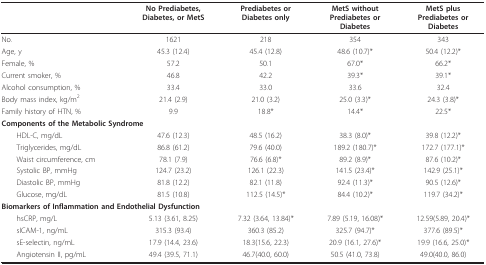
<table><thead><tr><td>[EMPTY_CELL]</td><td><b>No Prediabetes,Diabetes, or MetS</b></td><td><b>Prediabetes orDiabetes only</b></td><td><b>MetS withoutPrediabetes orDiabetes</b></td><td><b>MetS plusPrediabetes orDiabetes</b></td></tr></thead><tbody><tr><td>No.</td><td>1621</td><td>218</td><td>354</td><td>343</td></tr><tr><td>Age, y</td><td>45.3 (12.4)</td><td>45.4 (12.8)</td><td>48.6 (10.7)*</td><td>50.4 (12.2)*</td></tr><tr><td>Female, %</td><td>57.2</td><td>50.1</td><td>67.0*</td><td>66.2*</td></tr><tr><td>Current smoker, %</td><td>46.8</td><td>42.2</td><td>39.3*</td><td>39.1*</td></tr><tr><td>Alcohol consumption, %</td><td>33.4</td><td>33.0</td><td>33.6</td><td>32.4</td></tr><tr><td>Body mass index, kg/m<sup>2</sup></td><td>21.4 (2.9)</td><td>21.0 (3.2)</td><td>25.0 (3.3)*</td><td>24.3 (3.8)*</td></tr><tr><td>Family history of HTN, %</td><td>9.9</td><td>18.8*</td><td>14.4*</td><td>22.5*</td></tr><tr><td colspan="5"><b>Components of the Metabolic Syndrome</b></td></tr><tr><td> HDL-C, mg/dL</td><td>47.6 (12.3)</td><td>48.5 (16.2)</td><td>38.3 (8.0)*</td><td>39.8 (12.2)*</td></tr><tr><td> Triglycerides, mg/dL</td><td>86.8 (61.2)</td><td>79.6 (40.0)</td><td>189.2 (180.7)*</td><td>172.7 (177.1)*</td></tr><tr><td> Waist circumference, cm</td><td>78.1 (7.9)</td><td>76.6 (6.8)*</td><td>89.2 (8.9)*</td><td>87.6 (10.2)*</td></tr><tr><td> Systolic BP, mmHg</td><td>124.7 (23.2)</td><td>126.1 (22.3)</td><td>141.5 (23.4)*</td><td>142.9 (25.1)*</td></tr><tr><td> Diastolic BP, mmHg</td><td>81.8 (12.2)</td><td>82.1 (11.8)</td><td>92.4 (11.3)*</td><td>90.5 (12.6)*</td></tr><tr><td> Glucose, mg/dL</td><td>81.5 (10.8)</td><td>112.5 (14.5)*</td><td>84.4 (10.2)*</td><td>119.7 (34.2)*</td></tr><tr><td colspan="5"><b>Biomarkers of Inflammation and Endothelial Dysfunction</b></td></tr><tr><td> hsCRP, mg/L</td><td>5.13 (3.61, 8.25)</td><td>7.32 (3.64, 13.84)*</td><td>7.89 (5.19, 16.08)*</td><td>12.59(5.89, 20.4)*</td></tr><tr><td> sICAM-1, ng/mL</td><td>315.3 (93.4)</td><td>360.3 (85.2)</td><td>325.7 (94.7)*</td><td>377.6 (89.5)*</td></tr><tr><td> sE-selectin, ng/mL</td><td>17.9 (14.4, 23.6)</td><td>18.3(15.6, 22.3)</td><td>20.9 (16.1, 27.6)*</td><td>19.9 (16.6, 25.0)*</td></tr><tr><td> Angiotensin II, pg/mL</td><td>49.4 (39.5, 71.1)</td><td>46.7(40.0, 60.0)</td><td>50.5 (41.0, 73.8)</td><td>49.0(40.0, 86.0)</td></tr></tbody></table>